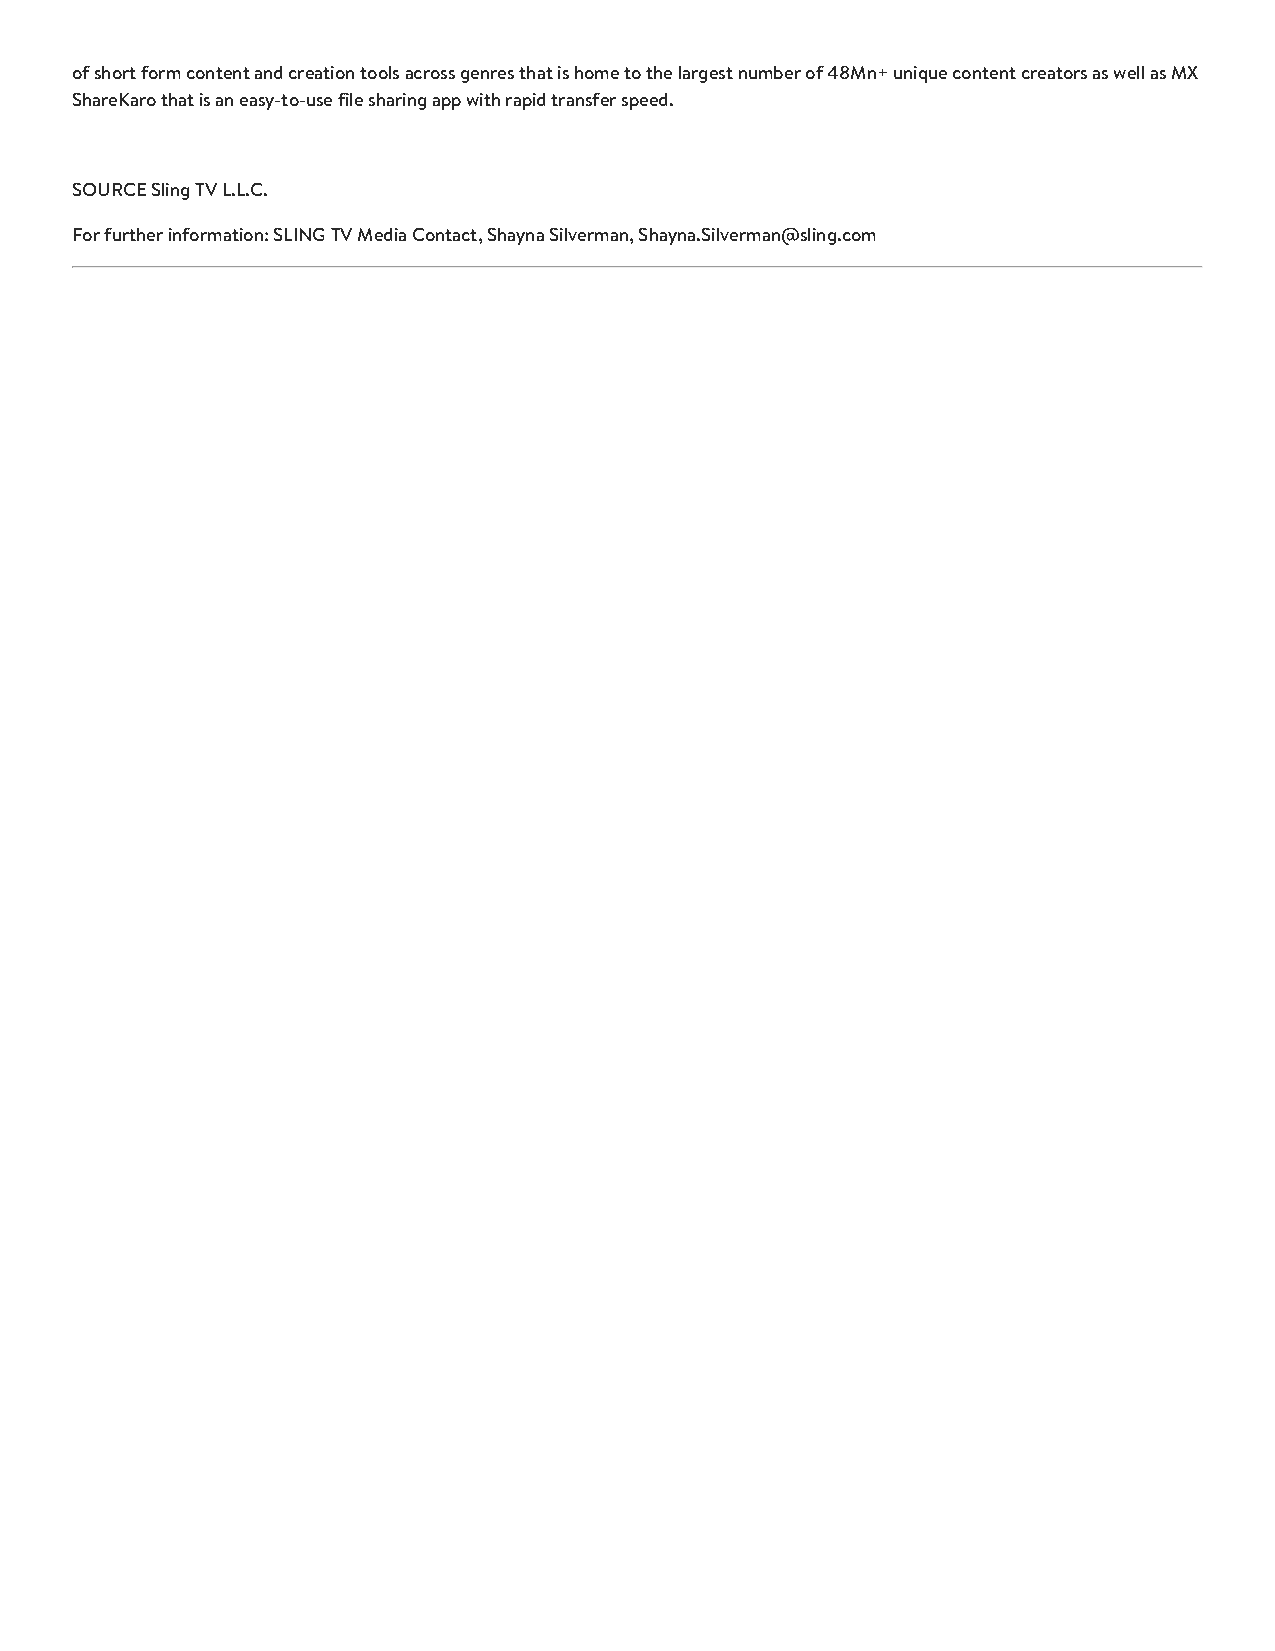
of short form content and creation tools across genres that is home to the largest number of 48Mn+ unique content creators as well as MX
 ShareKaro that is an easy-to-use file sharing app with rapid transfer speed.
 SOURCE Sling TV L.L.C.
 For further information: SLING TV Media Contact, Shayna Silverman, Shayna.Silverman@sling.com